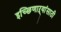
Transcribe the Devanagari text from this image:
इच्छिणाऱ्यांसाठी